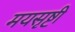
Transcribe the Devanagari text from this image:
मयसृष्टी